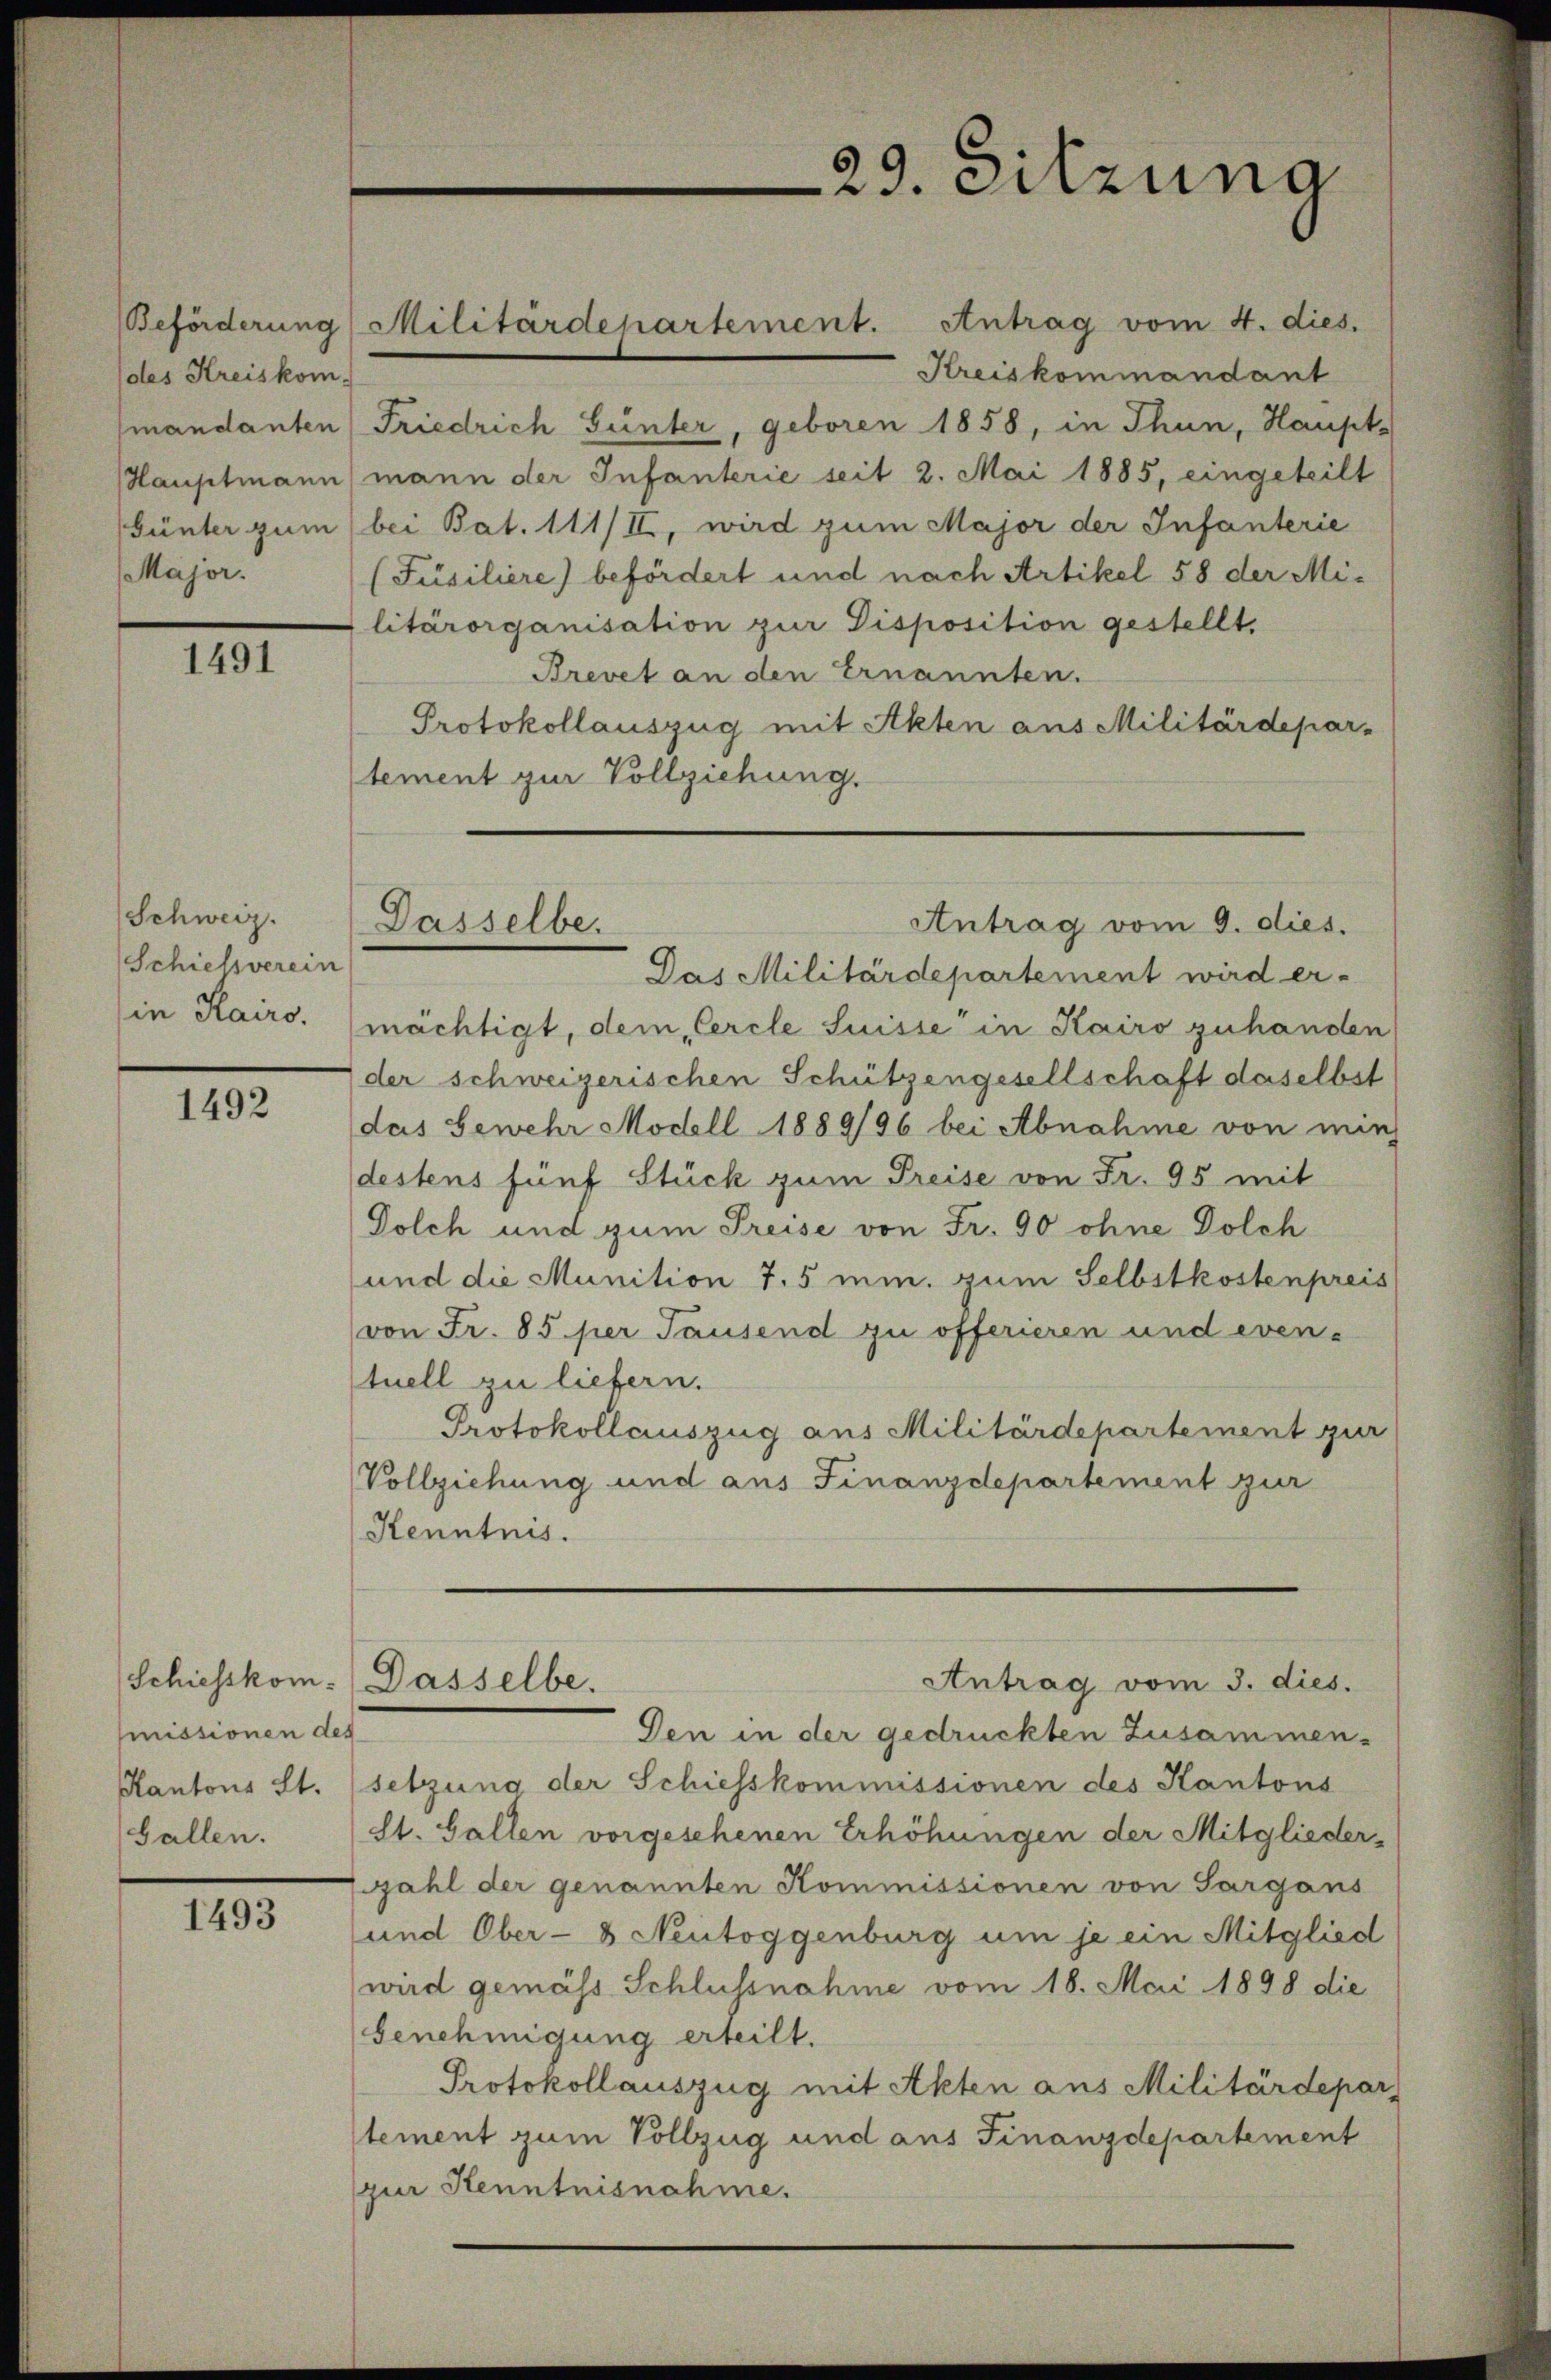
des Kreiskom-
Major.

1491

Schweiz.
Schiessverein
in Kairo.

1492

Kreiskommandant
mandanten) Friedrich Gunter, geboren 1858, in Thun, Haupt
Hauptmann mann der Infanterie seit 2. Mai 1885, eingeteilt
Günter zum bei Bat. 111/II, wird zum Major der Infanterie
(Füsiliere) befördert und nach Artikel 58 der Militärorganisation zur Disposition gestellt.
Brevet an den Ernannten.
Protokollauszug mit Akten aus Militärdepar-
tement zur Vollziehung.
Das Militärdepartement wird er-
mächtigt, dem „Cercle Suisse in Kairo zuhanden
der schweizerischen Schützengesellschaft daselbst
das Gewehr Modell 1889/96 bei Abnahme von min
destens fünf Stück zum Preise von Fr. 95 mit
Dolch und zum Preise von Fr. 90 ohne Dolch
und die Munition 7,5 min. zum Selbstkostenpreis
von Fr. 85 per Tausend zu offerieren und even-
tuell zu liefern.
Protokollauszug aus Militärdepartement zur
Vollziehung und aus Finanzdepartement zur
Kenntnis.
Antrag vom 3. dies.
Schiesskom. Dasselbe.
Den in der gedrückten Zusammen-
setzung der Schiesskommissionen des Kantons
St. Gallen vorgesehenen Erhöhungen der Mitglieder-
ahl der genannten Kommissionen von Sargans
und Ober- & Neutoggenburg um je ein Mitglied
wird gemäss Schlussnahme vom 18. Mai 1898 die
Genehmigung erteilt.
Protokollauszug mit Akten aus Militärdepar
tement zum Vollzug und aus Finanzdepartement
pur Kenntnisnahme.

missionen des
Kantons St.
Gallen.

1493

Dasselbe.

Beförderung Militärdepartement. Antrag vom 4. dies.

29. Sitzung

Antrag vom 9. dies.